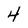
Character: 4